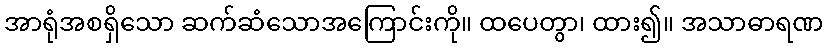
အာရုံအစရှိသော ဆက်ဆံသောအကြောင်းကို။ ထပေတွာ၊ ထား၍။ အသာဓာရဏ